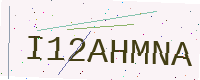
Text: I12AHMNA